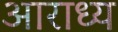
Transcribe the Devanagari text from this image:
अाराध्य